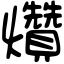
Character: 𤓎